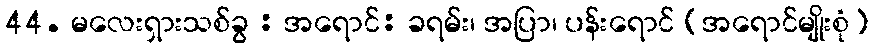
44. မလေးရှားသစ်ခွ : အရောင်: ခရမ်း၊ အပြာ၊ ပန်းရောင် (အရောင်မျိုးစုံ)